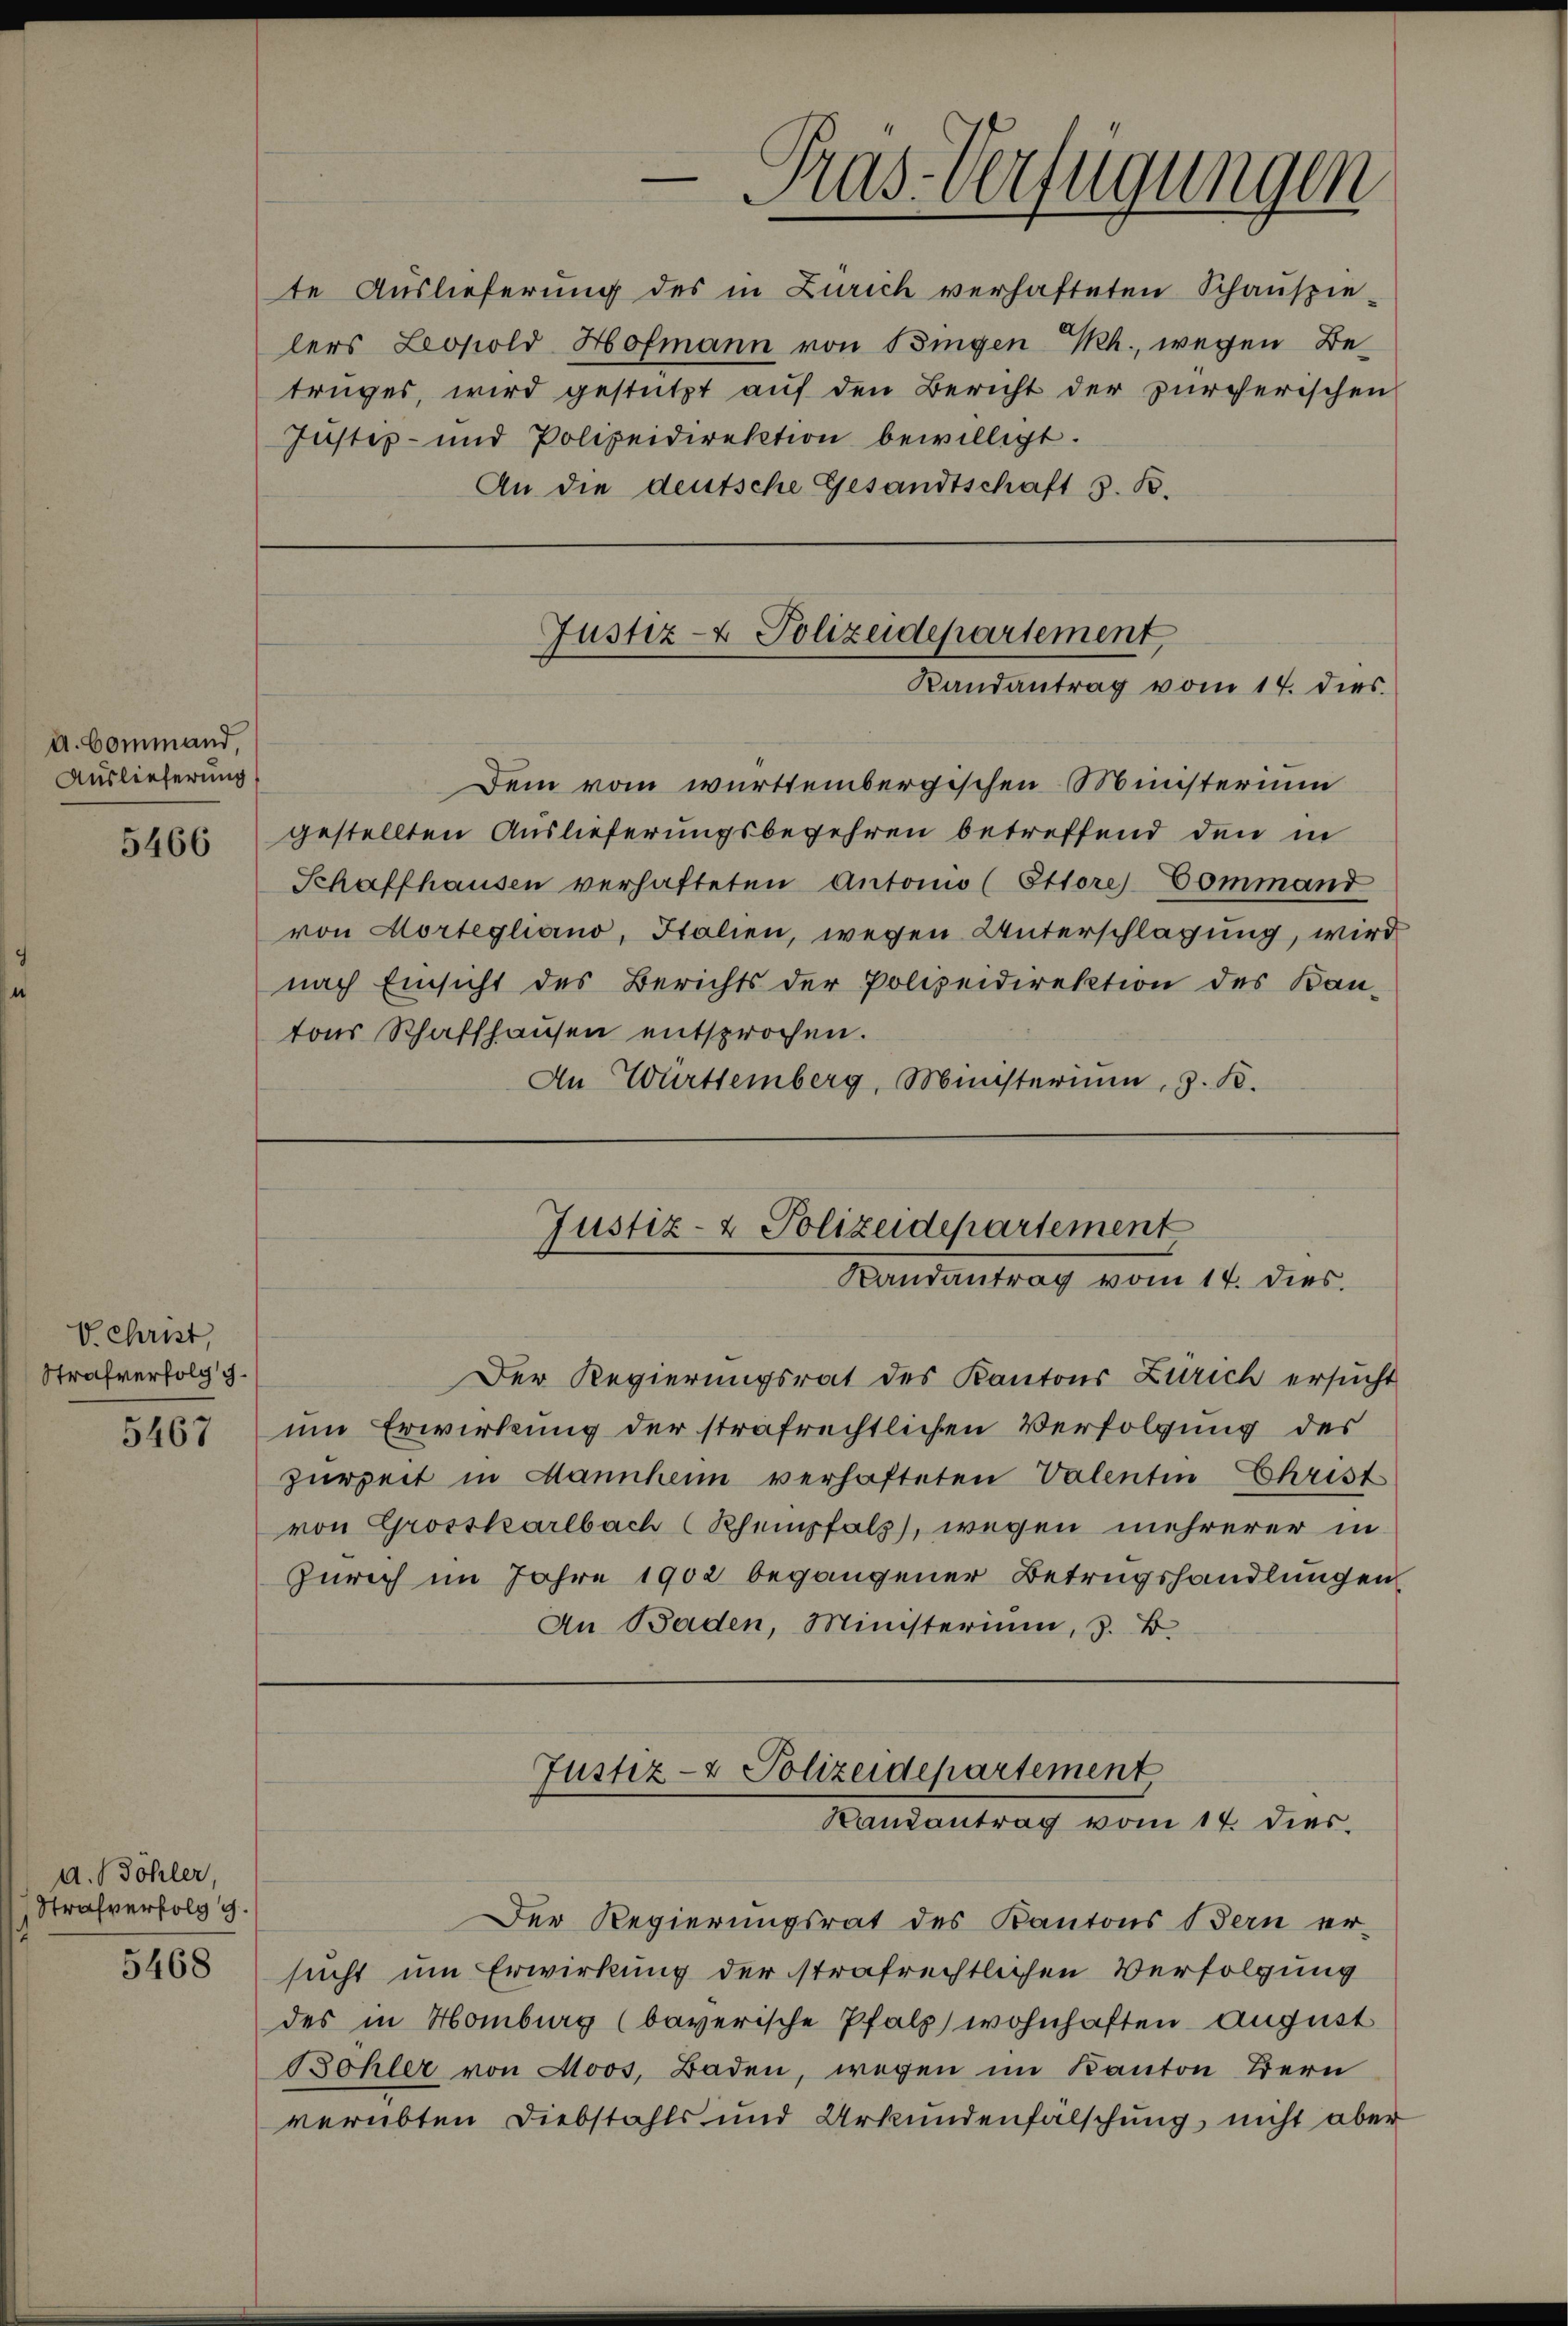
d. Command,
Auslieferung

5466

V. Christ,
Strafverfolg g

5467

d.Böhler,
Strafverfolg g
5468

te Auslieferung des in Zürich verhafteten Schauspie-
lers Leopold Hofmann von Bingen Kh., wegen Betruges, wird gestützt auf den Bericht der zürcherischen
Justiz- und Polizeidirektion bewilligt.
An die deutsche Gesandtschaft s. B.

Dem vom württembergischen Ministerium
gestellten Auslieferungsbegehren betreffend den in
Schaffhausen verhafteten Antonio (Ettore Command
von Mortegliano, Italien, wegen Unterschlagung, wird
nach Einsicht des Berichts der Polizeidirektion des Bau-
tons Schaffhausen entsprochen.
An Württemberg, Münsterium, z. B.

Pras-Verfügungen

Justiz- & Polizeidepartement
Randantrag vom 14. dies

Justiz- & Polizeidepartement
Randantrag vom 14. dies.

Der Regierungsrat des Kantons Zürich ersucht
um Erwirkung der strafrechtlichen Verfolgung des
zurzeit in Mannheim verhafteten Valentin Christ
von Grosskarlbach (Rheinpfalz), wegen mehrerer in
Zürich im Jahre 1902 begangener Betrugshandlungen
An Baden, Ministerium, 3. B.

Justiz- & Polizeidepartement
Randantrag vom 17. dies.

Der Regierungsrat des Kantons Bern er-
sucht um Erwirkung der strafrechtlichen Verfolgung
des in Homburg (baverische Pfalz wohnhaften August
Böhler von Moos, Baden, wegen im Kanton Bern
verübten Diebstahls und Urkundenfälschung nicht aber